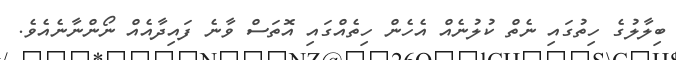
ބިލާލުގެ ހިތުގައި ނެތް ކުލުނެއް އެހެން ހިތެއްގައި އޮތަސް ވާނެ ފައިދާއެއް ނޯންނާނެއެވެ.